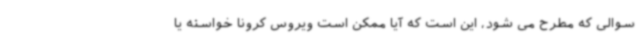
سوالی که مطرح می شود، این است که آیا ممکن است ویروس کرونا خواسته یا